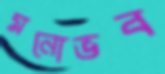
মনোভব